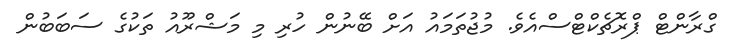
ގްރާންޓް ޕްރޮޗެކްޓްސްއެވެ. މުޖުތަމައު އަށް ބޭނުން ހުރި މި މަޝްރޫއު ތަކުގެ ސަބަބުން